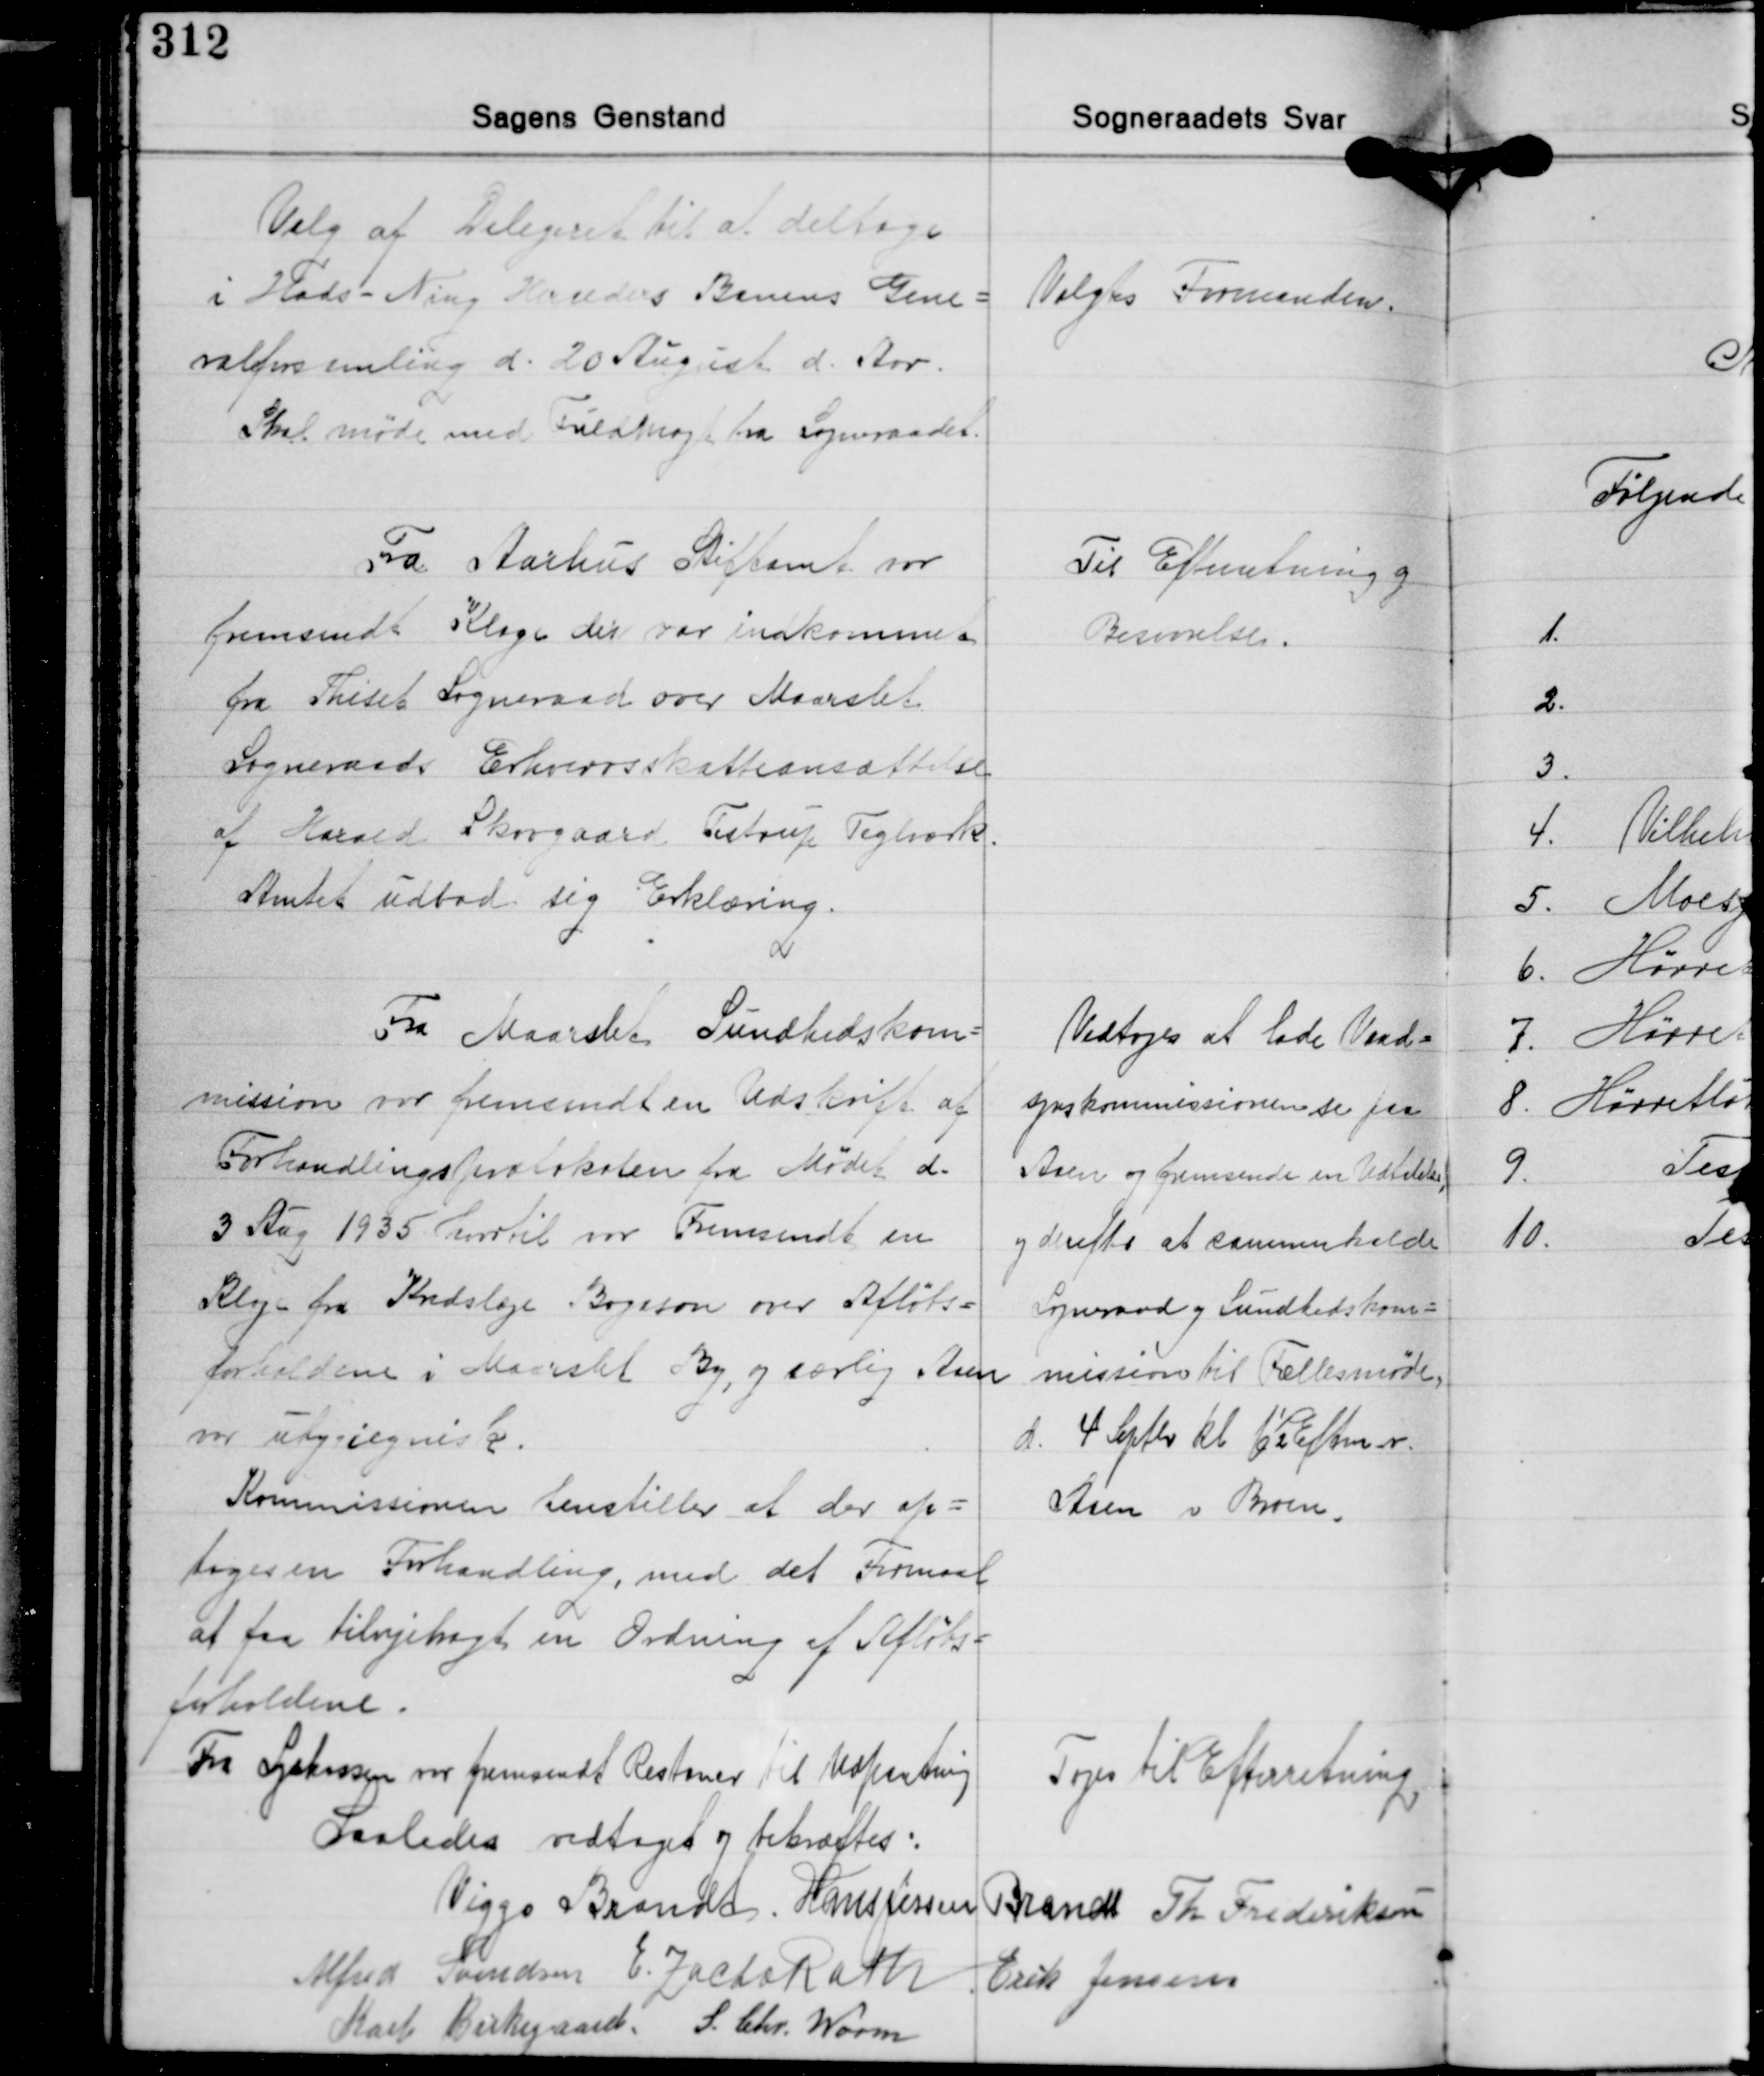
Transskription:
Valg af Delegeret til at deltage
i Hads - Ning Herreders Banens Gene-
ralforsamling d. 20 August d. Aar.
Skal møde med Fuldmagt fra Sogneraadet.

Valgtes Formanden.

Fra Aarhus Stiftamt var
fremsendt Klage der var indkommet
fra Thiset Sogneraad over Maarslet
Sogneraads Erhvervsskatteansættelse
af Harald Skovgaard, Testrup Teglværk.
Amtet udbad sig Erklæring.

Til Efterretning og
Besvarelse.

Fra Maarslet Sundhedskom-
mission var fremsendt en Udskrift af
Forhandlingsprotokolen fra Møde d.
3 Aug. 1935 hvortil var Fremsendt en
Klage fra Kredslæge Bogeson over Afløbs-
forholdene i Maarslet By, og særlig Aaen
var uhygiejnisk.
Kommissionen henstiller at der op-
tages en Forhandling, med det Formaal
af faa tilvejebragt en Ordning af Afløbs-
forholdene.
Fra Sygekassen var fremsendt Restancer, til Udpantning

Vedtoges at lade Vand-
synskommissionen se paa
Aaen og fremsende en Udtalelse
og derefter at sammerkalde
Sogneraad og Sundhedskom-
mission til Fællesmøde.
d. 4 Septb. kl. 6½ Efterm. v.
Aaen v. Broen.

Toges til Efterretning

Saaledes vedtaget og bekræftes:
Viggo Brandt Hans Jessen Brandt Th. Frederiksen
Alfred Svendsen E. Zacho Rath
Erik Jensen
Karl Birkegaard S. Chr. Worm